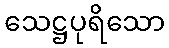
သေဋ္ဌပုရိသော